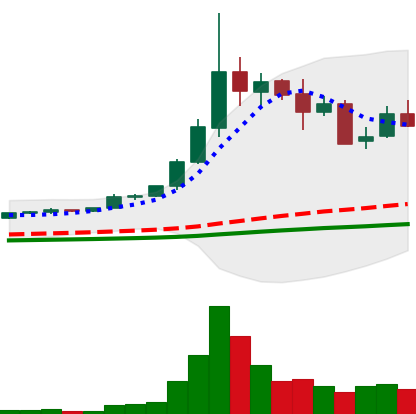
Ticker: ETC-USD
Chart end date: 2021-05-15
Forward return: -22.184%
Label: down_7plus